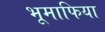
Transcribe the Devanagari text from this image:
भूमाफिया